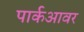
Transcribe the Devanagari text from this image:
पार्कआवर